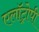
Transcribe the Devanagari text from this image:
एलॉट्रोपी